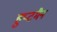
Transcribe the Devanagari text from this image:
हुप्टमैन